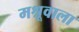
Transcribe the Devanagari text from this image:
मश्रूवाला